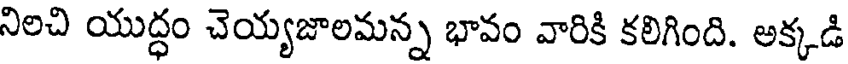
నిలచి యుద్ధం చెయ్యజాలమన్న భావం వారికి కలిగింది. అక్కడి